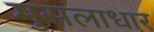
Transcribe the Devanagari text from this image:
मुसलाधार